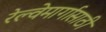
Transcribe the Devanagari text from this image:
रेल्वेमार्गासाठी